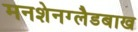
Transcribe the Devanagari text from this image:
मनशेनग्लैडबाख